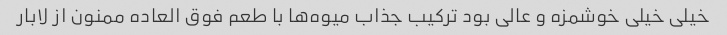
خیلی خیلی خوشمزه و عالی بود ترکیب جذاب میوه‌ها با طعم فوق العاده ممنون از لابار